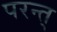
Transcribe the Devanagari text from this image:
परन्त्